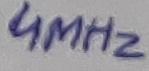
Text: 4MHz